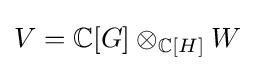
V=\mathbb {C} [G]\otimes _{\mathbb {C} [H]}W